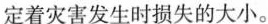
定着灾害发生时损失的大小。